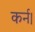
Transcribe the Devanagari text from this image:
कर्न।